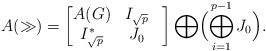
LaTeX: \begin{align*}A(\gg)=\begin{bmatrix}A(G) & I_{\sqrt{p}} \\I_{\sqrt{p}}^*& J_0 &\end{bmatrix} \bigoplus\Bigl(\bigoplus_{i=1}^{p-1} J_0\Bigr).\end{align*}